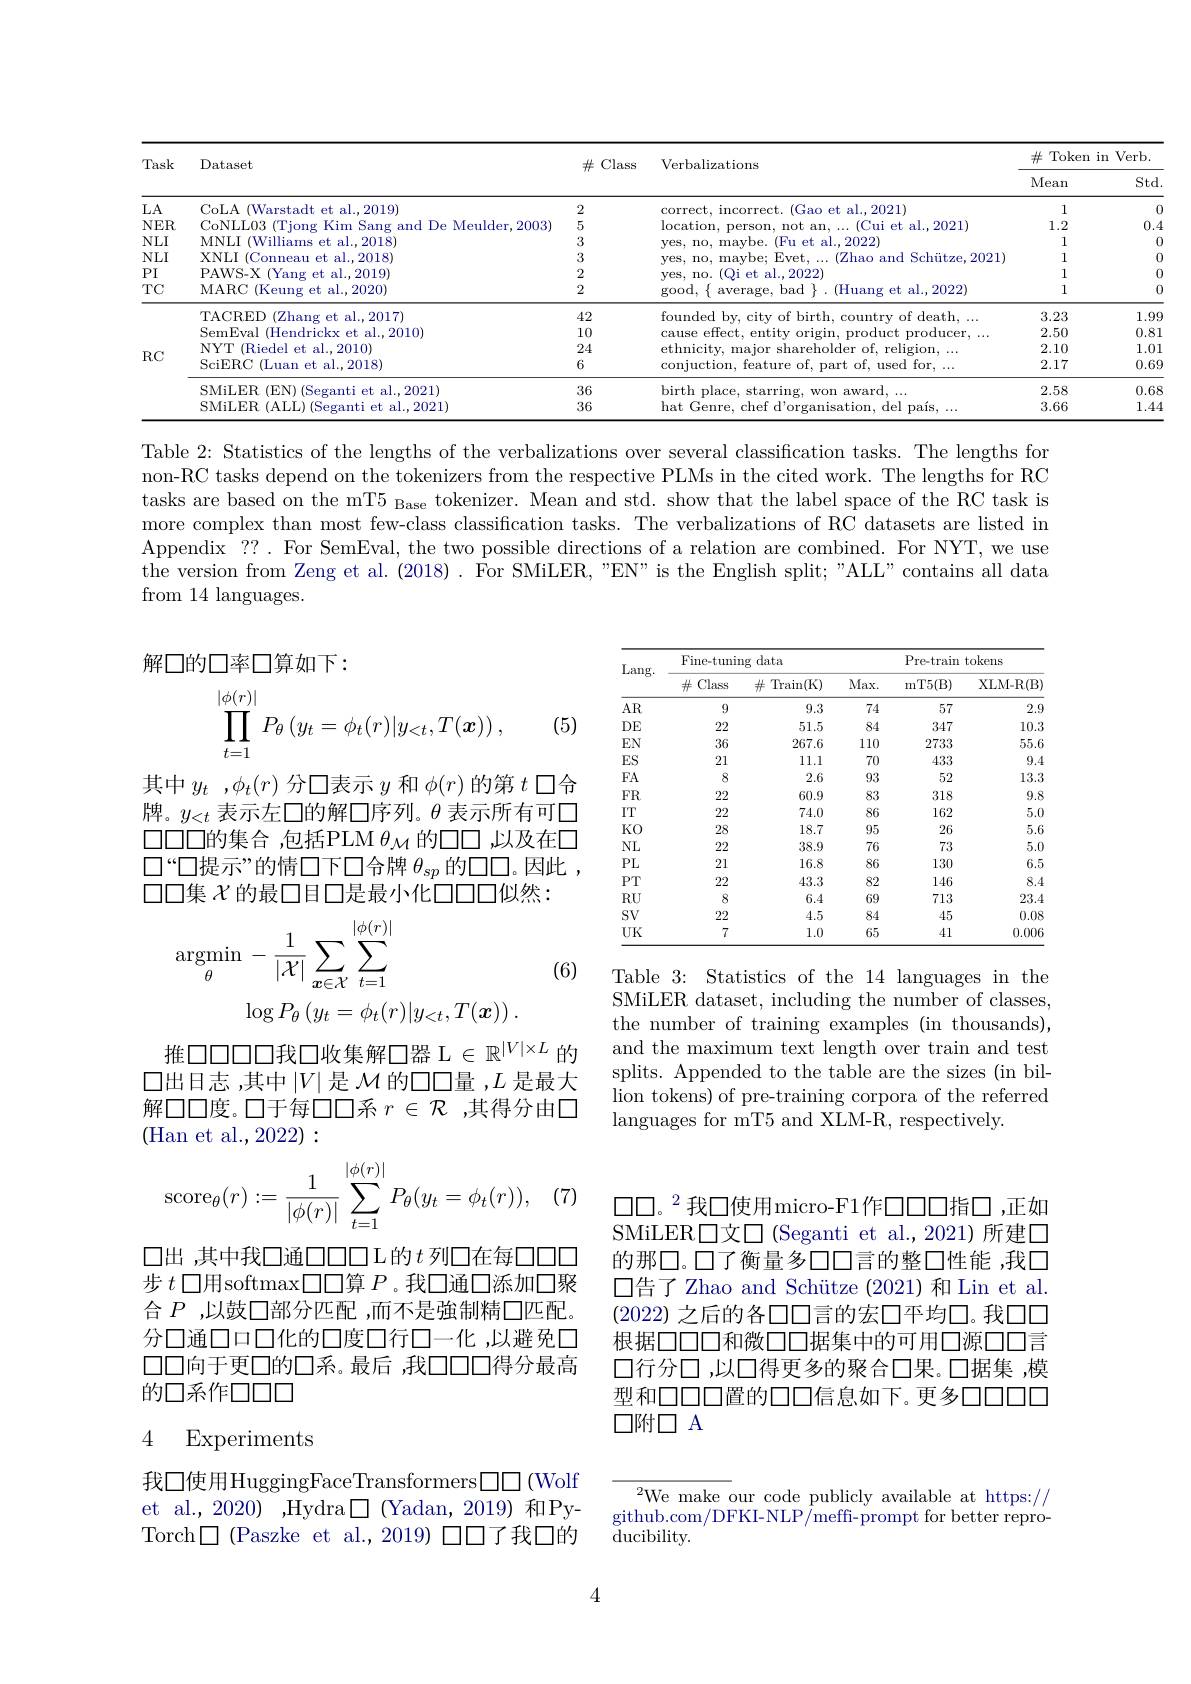
$\operatorname{Std}.$
<table>
	<tbody>
		<tr>
			<th rowspan="2">Task</th>
			<th rowspan="2">Dataset</th>
			<th rowspan="2">$\#$Class</th>
			<th rowspan="2">Verbalizations</th>
			<th rowspan="2">$\#$ Token in Ve Mean</th>
		</tr>
		<tr>
			<td>LA</td>
			<td>$C_{0}$LA adt $et$ al. . 2019</td>
			<td>2</td>
			<td>$\operatorname{correc}$ $a|$ 2021)</td>
			<td>1</td>
		</tr>
		<tr>
			<td>$NER$</td>
			<td>CoNL. 02 $10p$ 、 Mellder -2003</td>
			<td>5</td>
			<td>location mot $\therefore$ an $(C_{i11}$i $Pf$ al 2021</td>
			<td>1.2</td>
		</tr>
		<tr>
			<td>$NLI$</td>
			<td>MNT.I $\textbf{l. . }2018)$</td>
			<td>3</td>
			<td>vhe (Fu, $pf$ al.2022</td>
			<td>1</td>
		</tr>
		<tr>
			<td>$NLI$</td>
			<td>XNT.I ${\mathrm{al..2018}}$</td>
			<td>3</td>
			<td>mavhe: Evet $Z_{\mathrm{hao}}$ A.mn Schitze 2021</td>
			<td>1</td>
		</tr>
		<tr>
			<td>$PI$</td>
			<td>PAWS-X Yans al.2019)</td>
			<td>2</td>
			<td>Ves. no. Oi et al..2022)</td>
			<td>1</td>
		</tr>
		<tr>
			<td>$TC$</td>
			<td>MARC 11 (Keung et al.,2020)</td>
			<td>2</td>
			<td>$\mathbf{p}(00d.$ had (Huang $et$ $\textbf{t al. }2022)$</td>
			<td>1</td>
		</tr>
		<tr>
			<td rowspan="6">$RC$</td>
			<td>al.,2017) TACRED Zhang et</td>
			<td>42</td>
			<td>found</td>
			<td>3.23</td>
		</tr>
		<tr>
			<td>SemFval 16 al.2010)</td>
			<td>10</td>
			<td>Cause ffec entit 111C1</td>
			<td>2.50</td>
		</tr>
		<tr>
			<td>NYT IRiedel at al. 2010</td>
			<td>24</td>
			<td>$\pm$h mirit 10|der relis</td>
			<td>2.10</td>
		</tr>
		<tr>
			<td>$\operatorname{SciERC}($ (Luan et al.,2018)</td>
			<td>6</td>
			<td>conjuction, featur used for Dart $0\dagger.$</td>
			<td>2.17</td>
		</tr>
		<tr>
			<td>SMiLER $pf$ al. 2021</td>
			<td>36</td>
			<td>birth</td>
			<td>2.58</td>
		</tr>
		<tr>
			<td>SMiT.FR $(A|.1.$ 1 2021</td>
			<td>36</td>
			<td>hat Genre $\because$hef $d^{\prime}$ del</td>
			<td>3.66</td>
		</tr>
	</tbody>
</table>
1.990.811.010.69 $\begin{array}{c}\hline0.68\\1.44\\\end{array}$

Table 2: Statistics of the lengths of the verbalizations over several classification tasks. The lengths for non-RC tasks depend on the tokenizers from the respective PLMs in the cited work. The lengths for RC tasks are based on the mT$5_\text{Base}$ tokenizer. Mean and std. show that the label space of the RC task is more complex than most few-class classification tasks. The verbalizations of RC datasets are listed in Appendix ??. For SemEval, the two possible directions of a relation are combined. For NYT, we use the version from Zeng et al. ( 2018) . $\hat{F}$or SMiLER, " EN" is the English split; " ALL" contains all data from 14 languages.

解口的口率口算如下：
$$\prod\limits_{t=1}^{|\phi(r)|}P_{\theta}\left(y_{t}=\phi_{t}(r)|y_{<t},T(\boldsymbol{x})\right),$$
(5)

<table>
	<tbody>
		<tr>
			<th rowspan="2">Lang. </th>
			<th colspan="2">Fine-tuning data</th>
			<th> </th>
			<th colspan="2">Pre-train tokens</th>
		</tr>
		<tr>
			<th>$\#$Class</th>
			<th>井 $\operatorname{Train(K)}$</th>
			<th>Max. </th>
			<th>mT5( B) </th>
			<th>XLM- R(B)</th>
		</tr>
		<tr>
			<td>$AR$</td>
			<td>9</td>
			<td>9.3</td>
			<td>74</td>
			<td>57</td>
			<td>$2.\mathbb{C}$</td>
		</tr>
		<tr>
			<td>$DE$</td>
			<td>22</td>
			<td>51.5</td>
			<td>84</td>
			<td>347</td>
			<td>10.3</td>
		</tr>
		<tr>
			<td>$EN$</td>
			<td>36</td>
			<td>267.6</td>
			<td>110</td>
			<td>2733</td>
			<td>$55.\epsilon$</td>
		</tr>
		<tr>
			<td>ES</td>
			<td>21</td>
			<td>11.1</td>
			<td>70</td>
			<td>433</td>
			<td>9.4</td>
		</tr>
		<tr>
			<td>$FA$</td>
			<td>8</td>
			<td>2.6</td>
			<td>93</td>
			<td>52</td>
			<td>13.3</td>
		</tr>
		<tr>
			<td>$FR$</td>
			<td>22</td>
			<td>60.9</td>
			<td>83</td>
			<td>318</td>
			<td>9.8</td>
		</tr>
		<tr>
			<td>IT</td>
			<td>22</td>
			<td>74.0</td>
			<td>86</td>
			<td>162</td>
			<td>$5.C$</td>
		</tr>
		<tr>
			<td>$KO$</td>
			<td>28</td>
			<td>18.7</td>
			<td>95</td>
			<td>26</td>
			<td>$5.\epsilon$</td>
		</tr>
		<tr>
			<td>$NL$</td>
			<td>22</td>
			<td>38.9</td>
			<td>76</td>
			<td>73</td>
			<td>$5.C$</td>
		</tr>
		<tr>
			<td>$PL$</td>
			<td>21</td>
			<td>16.8</td>
			<td>86</td>
			<td>130</td>
			<td>6.5</td>
		</tr>
		<tr>
			<td>$PT$</td>
			<td>22</td>
			<td>43.3</td>
			<td>82</td>
			<td>146</td>
			<td>8.4</td>
		</tr>
		<tr>
			<td>$RU$</td>
			<td>8</td>
			<td>6.4</td>
			<td>69</td>
			<td>713</td>
			<td>23.</td>
		</tr>
		<tr>
			<td>$SV$</td>
			<td>22</td>
			<td>4.5</td>
			<td>84</td>
			<td>45</td>
			<td>0.08</td>
		</tr>
		<tr>
			<td>$UK$</td>
			<td>7</td>
			<td>1.0</td>
			<td>65</td>
			<td>41</td>
			<td>$0.00\epsilon$</td>
		</tr>
	</tbody>
</table>

其中$y_t,\phi_t(r)$分口表示$y$和$\phi(r)$的第$t$口合牌。$y_{<t}$表示左口的解口序列。$\theta$表示所有可口$\square\square\square\square$的集合，包括PLM$\theta_\mathrm{M}$的口口，以及在口$\square$“口提示”的情口下口合牌$\theta_sp$的口口。因此， $\square\square$集$\chi$的最口目口是最小化口口口似然：

(6)
$$\mathrm{argmin}\:-\frac{1}{|\mathcal{X}|}\sum_{\boldsymbol{x}\in\mathcal{X}}\sum_{t=1}^{|\phi(r)|}\\\log P_{\theta}\left(y_{t}=\phi_{t}(r)|y_{<t},T(\boldsymbol{x})\right).$$
Table 3: Statistics of the 14 languages in the SMiLER dataset, including the number of classes, the number of training examples (in thousands), and the maximum text length over train and test splits. Appended to the table are the sizes (in billion tokens) of pre-training corpora of the referred languages for mT5 and XLM-R, respectively.

推口口口口我口收集解口器$\mathcal{L}\in\mathbb{R}^{|V|\times L}$的口出日志，其中$\left|V\right|$是 $\mathcal{M}$ 的口口量 $,L$ 是最大解口口度。口于每口口系$r\in\mathcal{R}$ ,其得分由口(Han et al.,2022):
$$\operatorname{score}_\theta(r):=\dfrac{1}{|\phi(r)|}\sum_{t=1}^{|\phi(r)|}P_\theta(y_t=\phi_t(r)),$$
(7)

$\square\square。^2$我口使用micro-F1作口口口指口，正如SMiLER口文口 (Seganti et al.,2021)所建口的那□。□了衡量多口口言的整□性能，我口$\square$告了Zhao and Schütze (2021)和Lin et al (2022)之后的各口口言的宏口平均口。我口口根据口口口和微口口据集中的可用口源口口言口行分口 ,以口得更多的聚合口果。口据集 ,模型和口口口置的口口信息如下。更多口口口口口附口 A

口出 ,其中我口通口口口L的$t$ 列口在每口口口步$t$口用softmax口口算$P$ 。我口通口添加口聚合$P$ ,以鼓口部分匹配 ,而不是強制精口匹配。分口通口口口化的口度口行口一化 ,以避免口口口向于更口的口系。最后，我口口口得分最高的口系作口口口

### 4 Experiments

我口使用HuggingFaceTransformers$\square\square$(Wolf et al.,2020) ,Hydra$\square$ (Yadan,2019) 和PyTorch$\square$ (Paszke et al.,2019) 口口了我口的

${^{2}\text{We make our code publicly available at https://}}$ github.com/DFKI-NLP/meffi-prompt for better reproducibility.

4